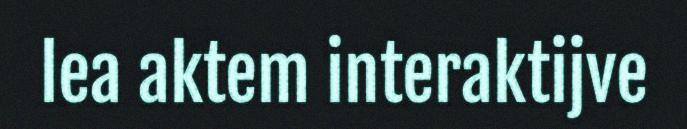
lea aktem interaktijve